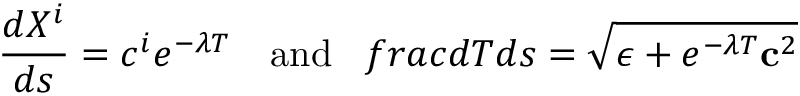
\frac { d X ^ { i } } { d s } = c ^ { i } e ^ { - \lambda T } \ \ \ \mathrm { a n d } \ \ \, f r a c { d T } { d s } = \sqrt { \epsilon + e ^ { - \lambda T } { \bf c } ^ { 2 } }